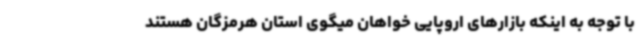
با توجه به اینکه بازارهای اروپایی خواهان میگوی استان هرمزگان هستند